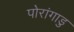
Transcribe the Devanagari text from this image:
पोरांगाडु